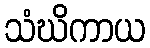
သံဃိကာယ